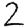
Digit: 2